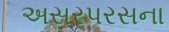
અસરપરસના